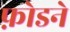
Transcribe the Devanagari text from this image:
फ़ोडने